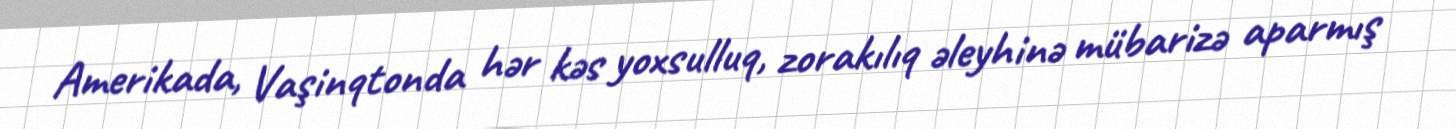
Amerikada, Vaşinqtonda hər kəs yoxsulluq, zorakılıq əleyhinə mübarizə aparmış